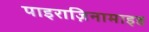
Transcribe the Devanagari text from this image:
पाइराज़िनामाइड